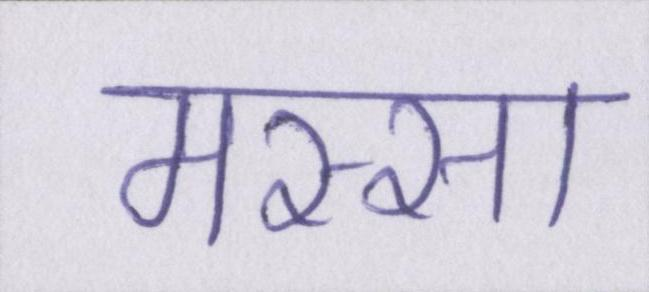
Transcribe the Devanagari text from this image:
मस्सा